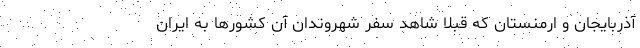
آذربایجان و ارمنستان که قبلا شاهد سفر شهروندان آن کشورها به ایران